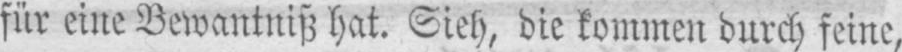
für eine Bewantniß hat. Sieh, die kommen durch feine,